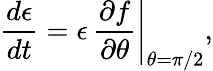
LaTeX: \frac{d\epsilon}{dt}=\epsilon\, \left.\frac{\partial f}{\partial\theta}\right\vert_{\theta=\pi/2},